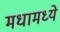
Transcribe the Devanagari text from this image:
मधामध्ये